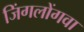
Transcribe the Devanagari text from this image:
जिंगलोंगवा